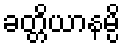
ခတ္တိယာနမ္ပိ